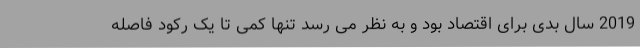
2019 سال بدی برای اقتصاد بود و به نظر می رسد تنها کمی تا یک رکود فاصله